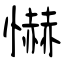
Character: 懗